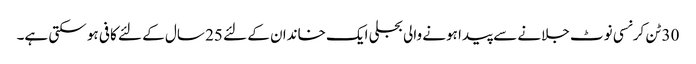
30 ٹن کرنسی نوٹ جلانے سے پیدا ہونے والی بجلی ایک خاندان کے لئے 25 سال کے لئے کافی ہو سکتی ہے۔